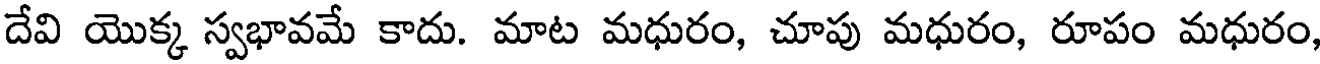
దేవి యొక్క స్వభావమే కాదు. మాట మధురం, చూపు మధురం, రూపం మధురం,